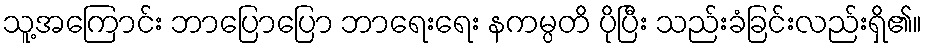
သူ့အကြောင်း ဘာပြောပြော ဘာရေးရေး နကမ္ပတိ ပိုပြီး သည်းခံခြင်းလည်းရှိ၏။